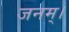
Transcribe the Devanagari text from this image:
जनम्।